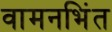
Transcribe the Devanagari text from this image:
वामनभिंत